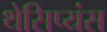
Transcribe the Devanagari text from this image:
थेसिप्यंस